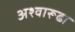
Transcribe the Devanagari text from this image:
अश्वारूढा